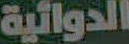
الدوائية